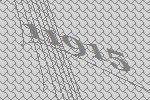
11915